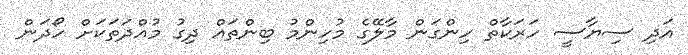
އަދި ސިޔާސީ ހަރަކާތް ހިންގަން މާލޭގެ މުހިންމު ބިންތައް ދިގު މުއްދަތަކަށް ހޯދަން